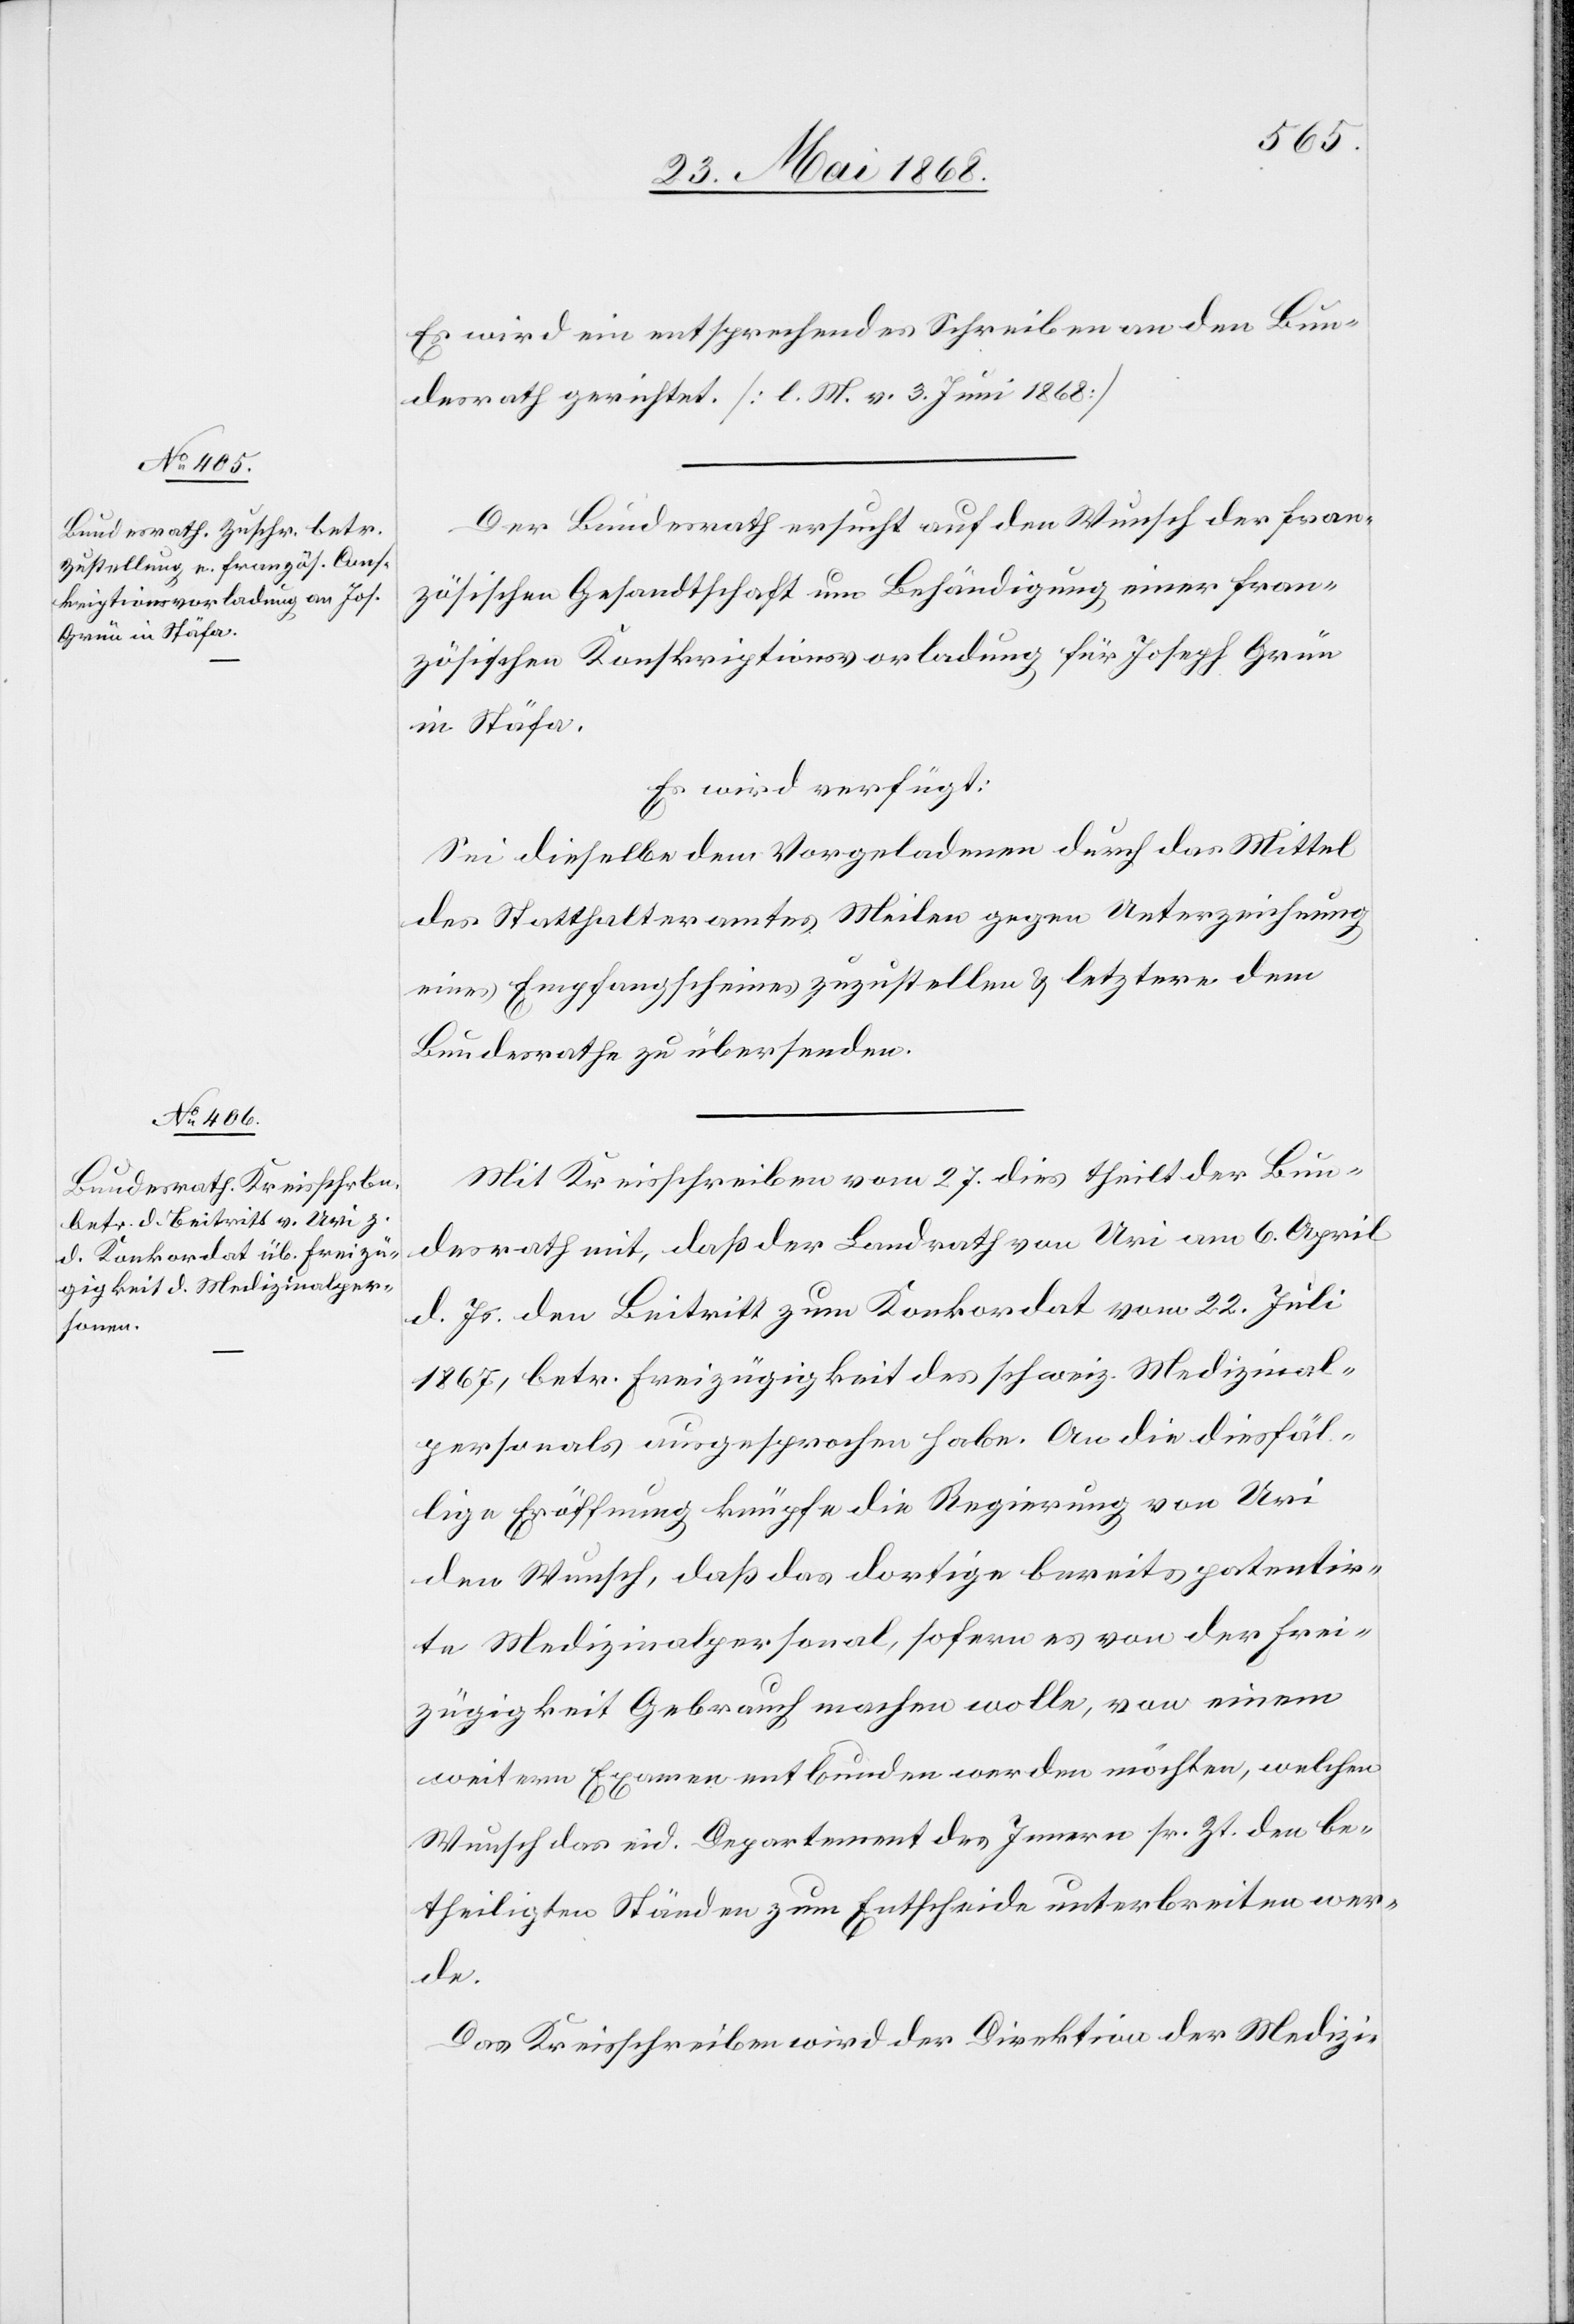
30. Mai 1868.]
Es wird ein entsprechendes Schreiben an den Bun¬
desrath gerichtet. [l. M. v. 3. Juni 1868]
Der Bundesrath ersucht auf den Wunsch der fran¬
zösischen Gesandtschaft um Behändigung einer fran¬
zösischen Konskriptionsvorladung für Joseph Grün
in Stäfa.
Es wird verfügt:
Sei dieselbe dem Vorgeladenen durch das Mittel
des Statthalteramtes Meilen gegen Unterzeichnung
eines Empfangscheines zuzustellen & letztere dem
Bundesrathe zu übersenden.
Mit Kreisschreiben vom 27. dies theilt der Bun¬
desrath mit, daß der Landrath von Uri am 6. April
d. Js. den Beitritt zum Konkordat vom 22. Juli
1867, betr. Freizügigkeit des schweiz. Medizinal¬
personals ausgesprochen habe. An die diesfäl¬
lige Eröffnung knüpfe die Regierung von Uri
den Wunsch, daß das dortige bereits patentir¬
te Medizinalpersonal, sofern es von der Frei¬
zügigkeit Gebrauch machen wolle, von einem
weitern Examen entbunden werden möchten [sic!], welchen
Wunsch das eid. Departement des Innern sr. Zt. den be¬
theiligten Ständen zum Entscheide unterbreiten wer¬
de.
Das Kreisschreiben wird der Direktion der Medizi-